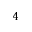
^ 4